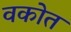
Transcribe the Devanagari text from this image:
वकोत